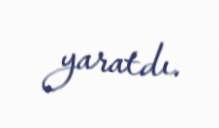
yaratdı.